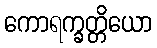
ကောရက္ခတ္တိယော